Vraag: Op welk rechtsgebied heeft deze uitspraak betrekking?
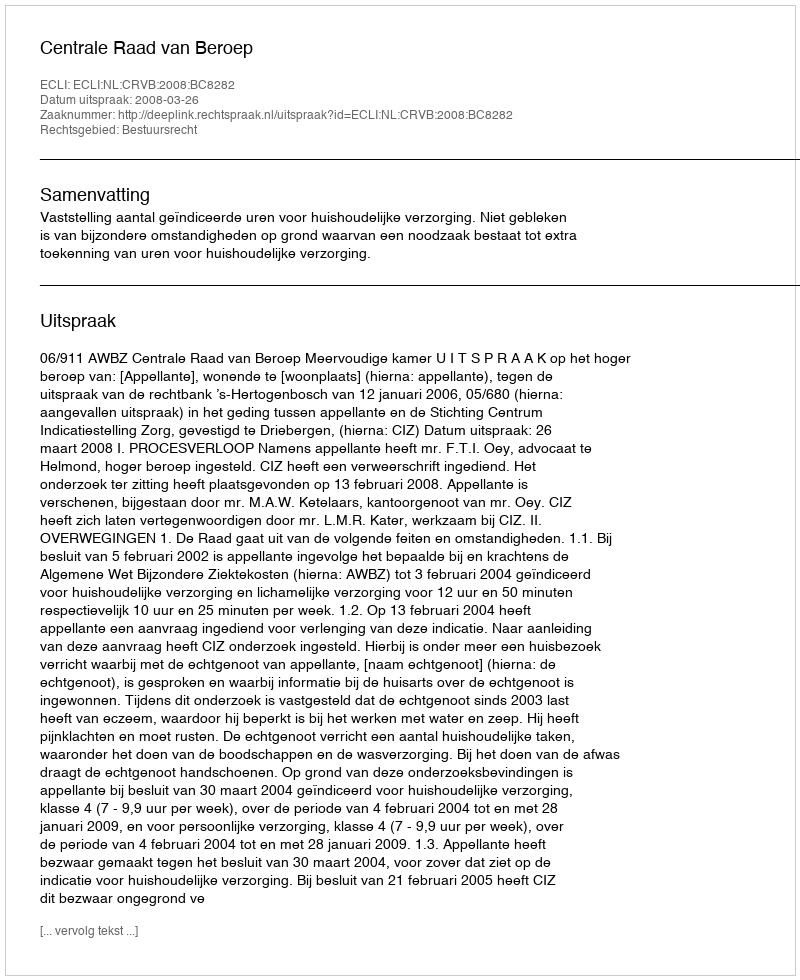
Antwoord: Bestuursrecht